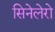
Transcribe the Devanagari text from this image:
सिनेलेरो